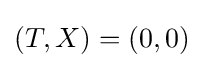
(T,X)=(0,0)